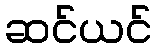
ဆင်ယင်